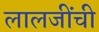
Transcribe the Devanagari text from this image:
लालजींची